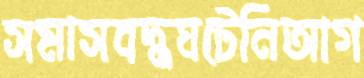
সমাসবদ্ধঘটেনিআগ